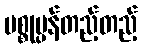
ပစ္စုပ္ပန်တည့်တည့်